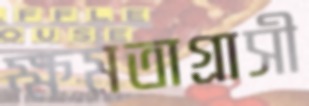
ক্ষমতাগ্রাসী